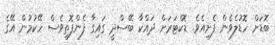
ބޮޑަށް ހޮޑުލެވެން ފެށިއެވެ. ޑޮކްޓަރަށް ދައްކާ ބޭސްދީ ގައިގާ ފެންފޮތިވެސް ހޭކުމުން އޭގެ